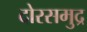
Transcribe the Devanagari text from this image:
दोरसमुद्र